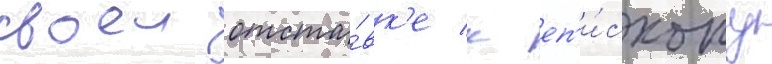
своеи отста́вк'е к еп'и́скопу